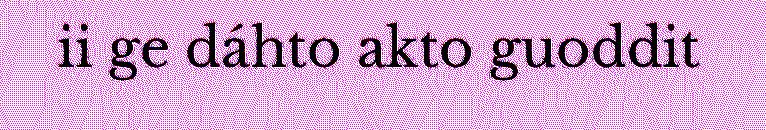
ii ge dáhto akto guoddit